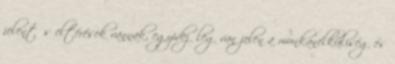
jelentős eltérések vannak, egyidejűleg van jelen a munkanélküliség és